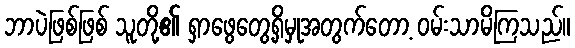
ဘာပဲဖြစ်ဖြစ် သူတို့၏ ရှာဖွေတွေ့ရှိမှုအတွက်တော့ ဝမ်းသာမိကြသည်။